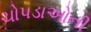
ચોપડાઓની